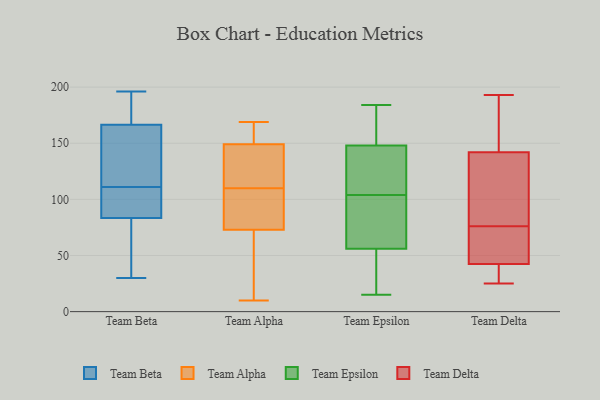
{"axis": {"x": "Humidity (%)", "y": "Value"}, "legend": ["Team Alpha", "Team Beta", "Team Delta", "Team Epsilon"], "data": [{"x": "", "y": 170, "type": "Team Beta"}, {"x": "", "y": 133, "type": "Team Beta"}, {"x": "", "y": 163, "type": "Team Beta"}, {"x": "", "y": 196, "type": "Team Beta"}, {"x": "", "y": 75, "type": "Team Beta"}, {"x": "", "y": 123, "type": "Team Beta"}, {"x": "", "y": 101, "type": "Team Beta"}, {"x": "", "y": 92, "type": "Team Beta"}, {"x": "", "y": 100, "type": "Team Beta"}, {"x": "", "y": 99, "type": "Team Beta"}, {"x": "", "y": 64, "type": "Team Beta"}, {"x": "", "y": 30, "type": "Team Beta"}, {"x": "", "y": 176, "type": "Team Beta"}, {"x": "", "y": 39, "type": "Team Beta"}, {"x": "", "y": 121, "type": "Team Beta"}, {"x": "", "y": 195, "type": "Team Beta"}, {"x": "", "y": 10, "type": "Team Alpha"}, {"x": "", "y": 114, "type": "Team Alpha"}, {"x": "", "y": 73, "type": "Team Alpha"}, {"x": "", "y": 44, "type": "Team Alpha"}, {"x": "", "y": 124, "type": "Team Alpha"}, {"x": "", "y": 167, "type": "Team Alpha"}, {"x": "", "y": 51, "type": "Team Alpha"}, {"x": "", "y": 12, "type": "Team Alpha"}, {"x": "", "y": 169, "type": "Team Alpha"}, {"x": "", "y": 73, "type": "Team Alpha"}, {"x": "", "y": 106, "type": "Team Alpha"}, {"x": "", "y": 77, "type": "Team Alpha"}, {"x": "", "y": 149, "type": "Team Alpha"}, {"x": "", "y": 160, "type": "Team Alpha"}, {"x": "", "y": 74, "type": "Team Alpha"}, {"x": "", "y": 115, "type": "Team Alpha"}, {"x": "", "y": 131, "type": "Team Alpha"}, {"x": "", "y": 169, "type": "Team Alpha"}, {"x": "", "y": 82, "type": "Team Epsilon"}, {"x": "", "y": 56, "type": "Team Epsilon"}, {"x": "", "y": 116, "type": "Team Epsilon"}, {"x": "", "y": 80, "type": "Team Epsilon"}, {"x": "", "y": 35, "type": "Team Epsilon"}, {"x": "", "y": 127, "type": "Team Epsilon"}, {"x": "", "y": 139, "type": "Team Epsilon"}, {"x": "", "y": 158, "type": "Team Epsilon"}, {"x": "", "y": 48, "type": "Team Epsilon"}, {"x": "", "y": 92, "type": "Team Epsilon"}, {"x": "", "y": 175, "type": "Team Epsilon"}, {"x": "", "y": 148, "type": "Team Epsilon"}, {"x": "", "y": 184, "type": "Team Epsilon"}, {"x": "", "y": 15, "type": "Team Epsilon"}, {"x": "", "y": 116, "type": "Team Epsilon"}, {"x": "", "y": 151, "type": "Team Epsilon"}, {"x": "", "y": 50, "type": "Team Epsilon"}, {"x": "", "y": 87, "type": "Team Epsilon"}, {"x": "", "y": 130, "type": "Team Delta"}, {"x": "", "y": 143, "type": "Team Delta"}, {"x": "", "y": 173, "type": "Team Delta"}, {"x": "", "y": 94, "type": "Team Delta"}, {"x": "", "y": 41, "type": "Team Delta"}, {"x": "", "y": 193, "type": "Team Delta"}, {"x": "", "y": 141, "type": "Team Delta"}, {"x": "", "y": 44, "type": "Team Delta"}, {"x": "", "y": 41, "type": "Team Delta"}, {"x": "", "y": 53, "type": "Team Delta"}, {"x": "", "y": 25, "type": "Team Delta"}, {"x": "", "y": 58, "type": "Team Delta"}]}